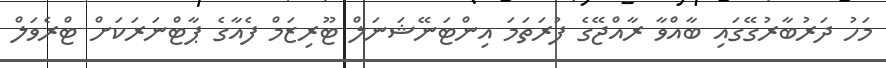
މަހު ދަރުބާރުގޭގައި ބާއްވާ ރާއްޖޭގެ ފުރަތަމަ އިންޓަނޭޝަނަލް ޓޫރިޒަމް ފެއާގެ ޕާޓްނަރަކަށް ޓްރެވަލް